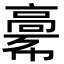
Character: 𩫎